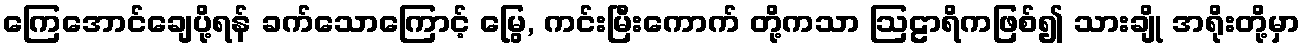
ကြေအောင်ချေပို့ရန် ခက်သောကြောင့် မြွေ, ကင်းမြီးကောက် တို့ကသာ ဩဠာရိကဖြစ်၍ သားချို အရိုးတို့မှာ